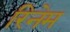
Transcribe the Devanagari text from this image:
रिनेम